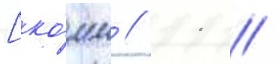
[ко́мм // 11 //